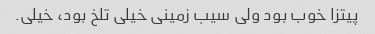
پیتزا خوب بود ولی سیب زمینی خیلی تلخ بود، خیلی.